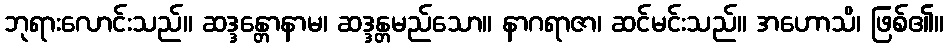
ဘုရားလောင်းသည်။ ဆဒ္ဒန္တောနာမ၊ ဆဒ္ဒန္တမည်သော။ နာဂရာဇာ၊ ဆင်မင်းသည်။ အဟောသိ၊ ဖြစ်၏။